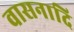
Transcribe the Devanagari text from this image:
वासनादि